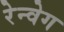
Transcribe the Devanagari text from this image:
रेन्वेग